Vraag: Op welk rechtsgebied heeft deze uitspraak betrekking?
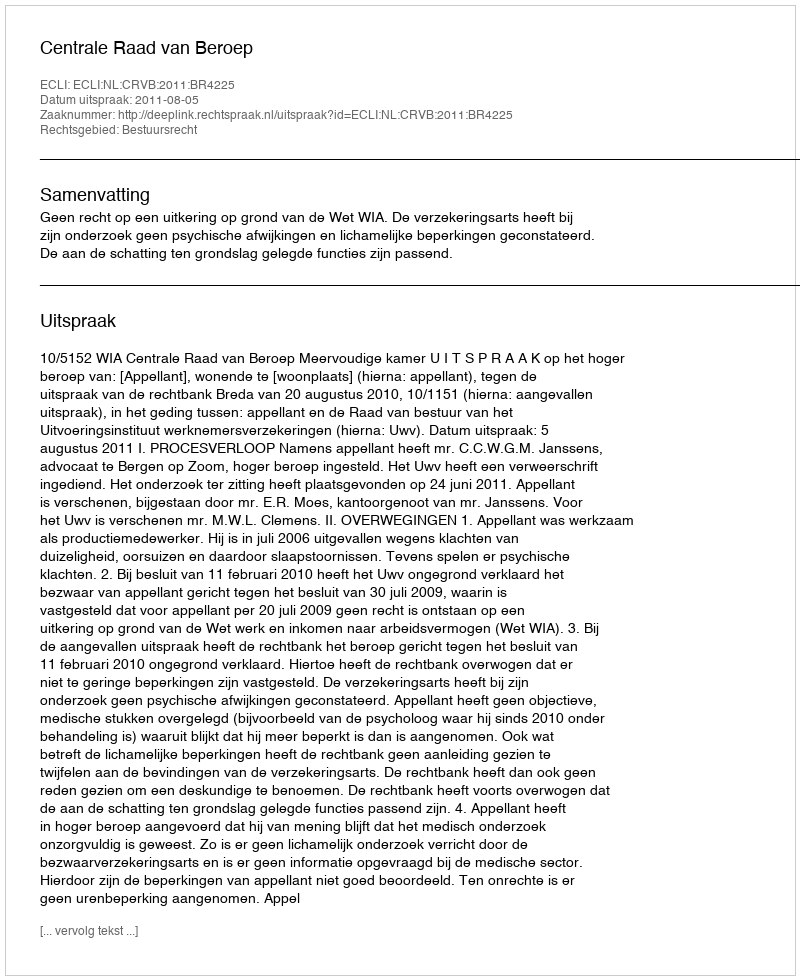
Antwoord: Bestuursrecht